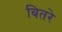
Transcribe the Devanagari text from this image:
बितरे